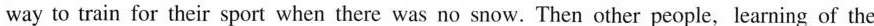
way to train for their sport when there was no snow.Then other people,learning of the